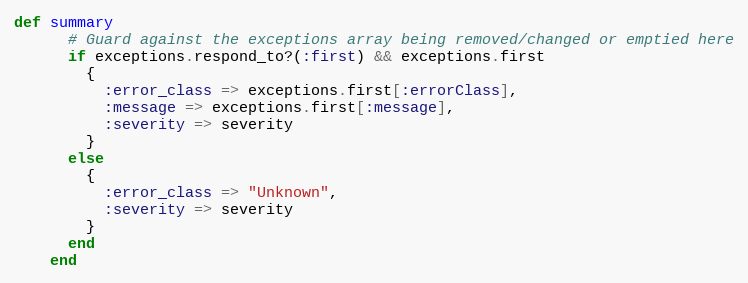
Language: Ruby
def summary
      # Guard against the exceptions array being removed/changed or emptied here
      if exceptions.respond_to?(:first) && exceptions.first
        {
          :error_class => exceptions.first[:errorClass],
          :message => exceptions.first[:message],
          :severity => severity
        }
      else
        {
          :error_class => "Unknown",
          :severity => severity
        }
      end
    end